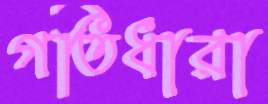
গতিধারা